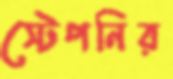
স্টেপনির